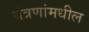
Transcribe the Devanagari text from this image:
यंत्रणांमधील